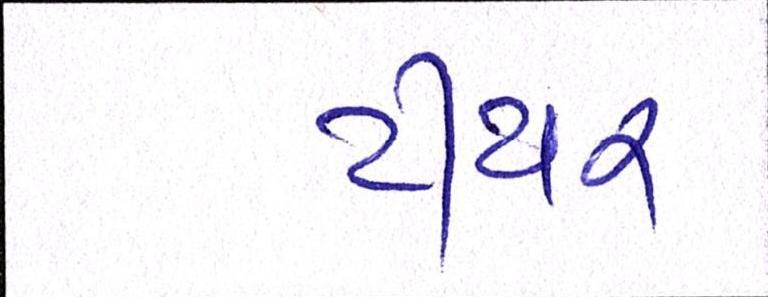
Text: ટીયર